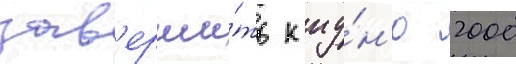
зав'ерши́ть к иу́н'ю 2000